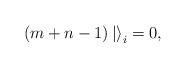
LaTeX: \begin{align*}(m + n - 1)\left|\right>_i = 0, \end{align*}